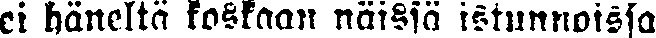
ei häneltä koskaan näissä istunnoissa